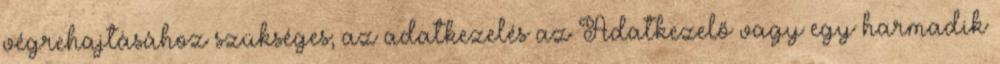
végrehajtásához szükséges; az adatkezelés az Adatkezelő vagy egy harmadik